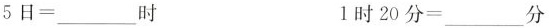
5日=____时 l时20分=___分1